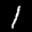
Label: 1